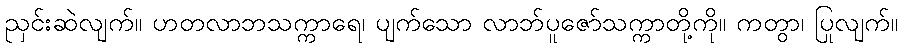
ညှင်းဆဲလျက်။ ဟတလာဘသက္ကာရေ၊ ပျက်သော လာဘ်ပူဇော်သက္ကာတို့ကို။ ကတွာ၊ ပြုလျက်။